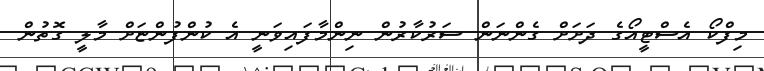
މިފްކޯ އެސްޓީއޯގެ ދަށަށް ގެންނަން ސަރުކާރުން ނިންމާފައިވަނީ އެ ކުންފުންޏަށް މާލީ ގޮތުން